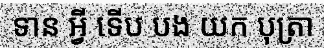
ទាន អ្វី ទើប បង យក បុត្រា